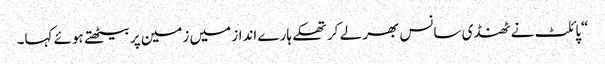
“پائلٹ نے ٹھنڈی سانس بھر لے کر تھکے ہارے انداز میں زمین پر بیٹھتے ہوئے کہا۔